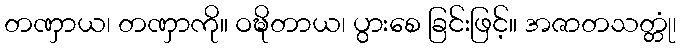
တဏှာယ၊ တဏှာကို။ ဝဍ္ဎိတာယ၊ ပွားစေ ခြင်းဖြင့်။ အဇာတသတ္တုံ၊